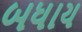
બધાય